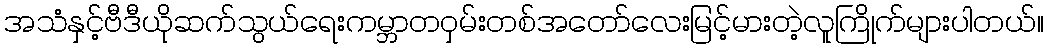
အသံနှင့်ဗီဒီယိုဆက်သွယ်ရေးကမ္ဘာတဝှမ်းတစ်အတော်လေးမြင့်မားတဲ့လူကြိုက်များပါတယ်။